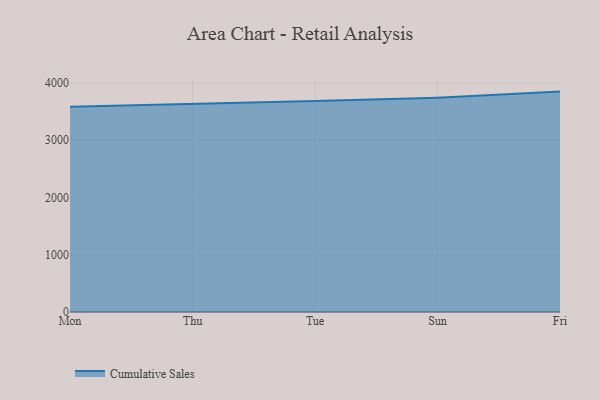
{"axis": {"x": "Day", "y": "Budget (USD K)"}, "legend": ["Cumulative Sales"], "data": [{"x": "Mon", "y": 3586.8, "type": "Cumulative Sales"}, {"x": "Thu", "y": 3630.3, "type": "Cumulative Sales"}, {"x": "Tue", "y": 3683.9, "type": "Cumulative Sales"}, {"x": "Sun", "y": 3743.7, "type": "Cumulative Sales"}, {"x": "Fri", "y": 3849.3, "type": "Cumulative Sales"}]}